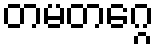
တမတဂ္ဂေ